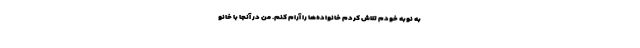
به نوبه خودم تلاش کردم خانواده‌ها را آرام کنم. من در آنجا با خانو